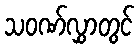
သဝဏ်လွှာတွင်